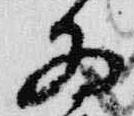
為